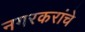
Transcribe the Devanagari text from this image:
नगरकरांचे